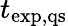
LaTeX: t_{\mathrm{exp,qs}}